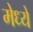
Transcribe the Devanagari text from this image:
मेध्ये